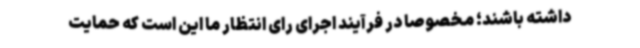
داشته باشند؛ مخصوصاً در فرآیند اجرای رای انتظار ما این است که حمایت